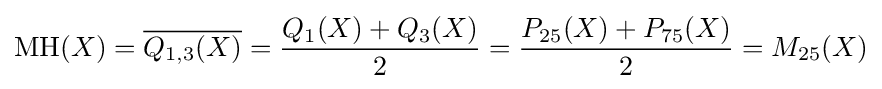
\operatorname {MH} (X)={\overline {Q_{1,3}(X)}}={\frac {Q_{1}(X)+Q_{3}(X)}{2}}={\frac {P_{25}(X)+P_{75}(X)}{2}}=M_{25}(X)